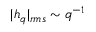
| h _ { q } | _ { r m s } \sim q ^ { - 1 }